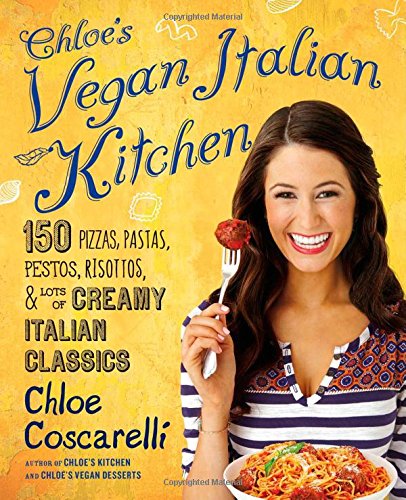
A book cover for Chloe's Vegan Italian Kitchen: 150 Pizzas, Pastas, Pestos, Risottos, & Lots of Creamy Italian Classics; Chloe Coscarelli; Cookbooks, Food & Wine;